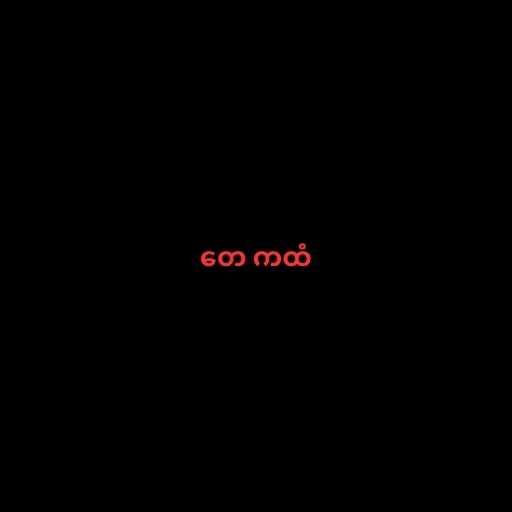
တေ ကထံ